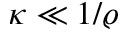
\kappa \ll 1 / \varrho